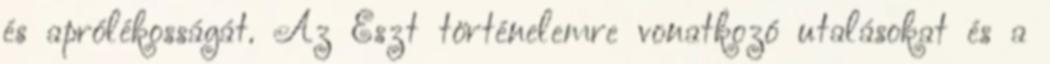
és aprólékosságát. Az Észt történelemre vonatkozó utalásokat és a